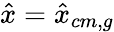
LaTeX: \hat{x}=\hat{x}_{cm,g}